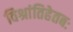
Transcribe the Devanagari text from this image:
विश्रांतिहेतबः